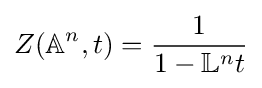
Z({\mathbb {A} }^{n},t)={\frac {1}{1-{\mathbb {L} }^{n}t}}